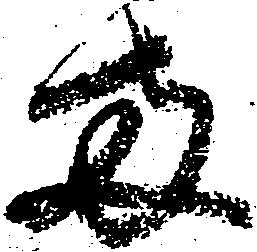
両